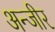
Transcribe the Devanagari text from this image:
अन्जीर